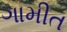
ગામીત